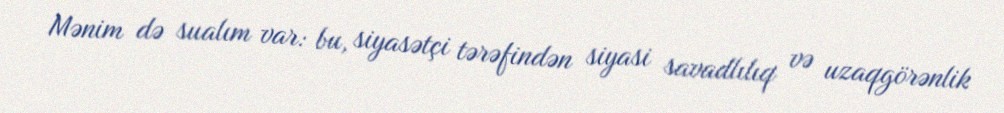
Mənim də sualım var: bu, siyasətçi tərəfindən siyasi savadlılıq və uzaqgörənlik